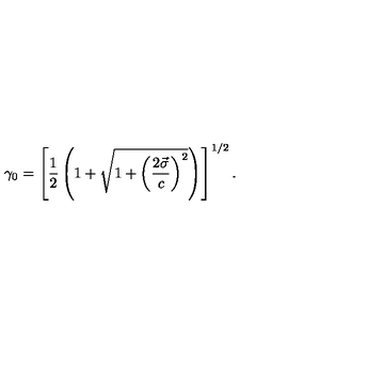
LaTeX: \gamma _ { 0 } = \left[ \frac { 1 } { 2 } \left( 1 + \sqrt { 1 + \left( \displaystyle \frac { 2 \vec { \sigma } } { c } \right) ^ { 2 } } \right) \right] ^ { 1 / 2 } .